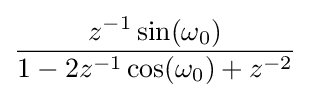
{\frac {z^{-1}\sin(\omega _{0})}{1-2z^{-1}\cos(\omega _{0})+z^{-2}}}